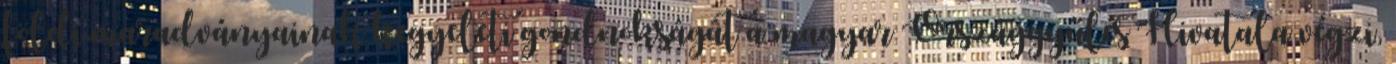
földi maradványainak kegyeleti gondnokságát a magyar Országgyűlés Hivatala végzi,